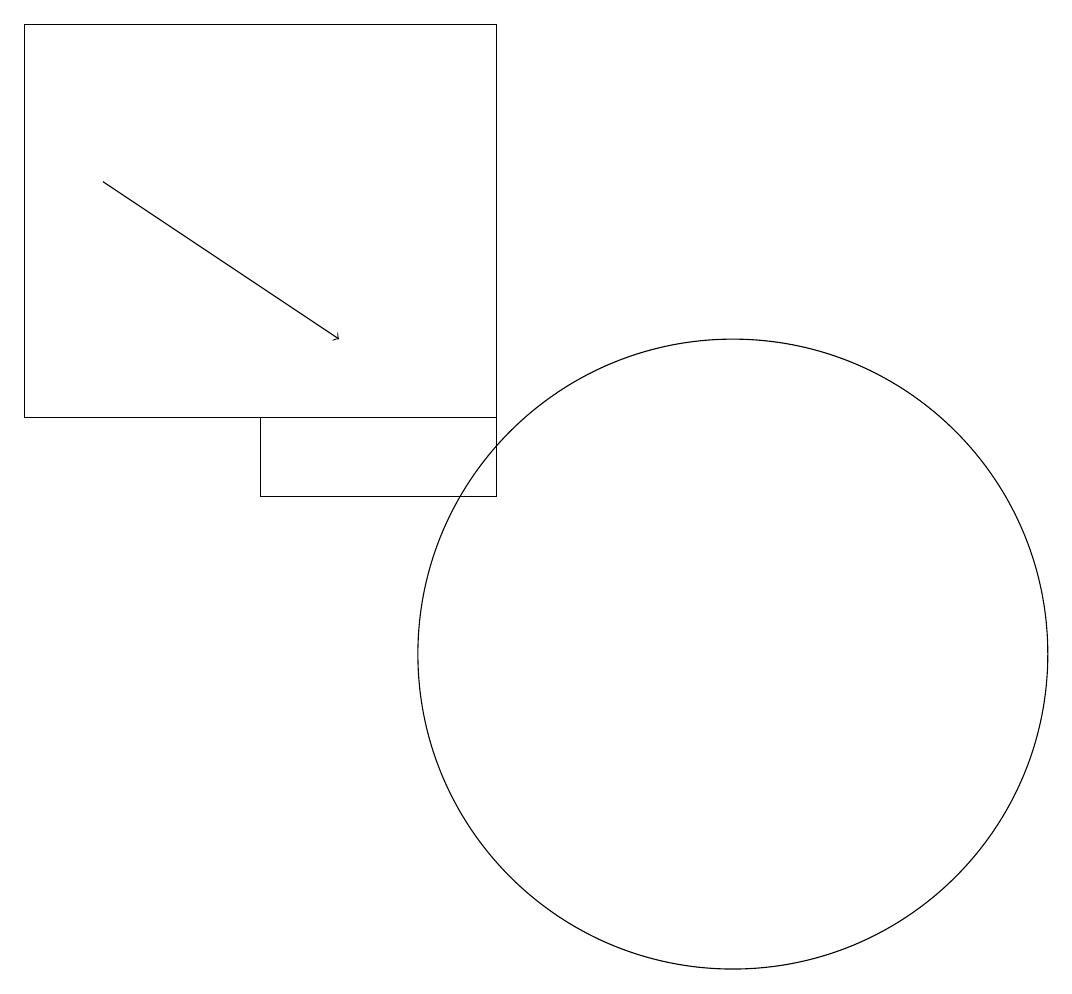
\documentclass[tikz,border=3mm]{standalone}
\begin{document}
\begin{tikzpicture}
\draw (10,11) circle (4);
\draw[->] (2,17) -- (5,15);
\draw (1,14) rectangle (7,19);
\draw (11,11) circle (0);
\draw (12,11) circle (0);
\draw (4,13) rectangle (7,14);
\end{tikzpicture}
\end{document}